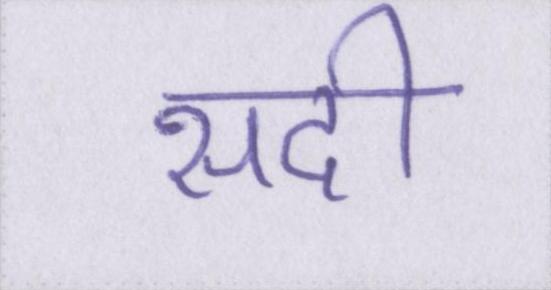
सदी